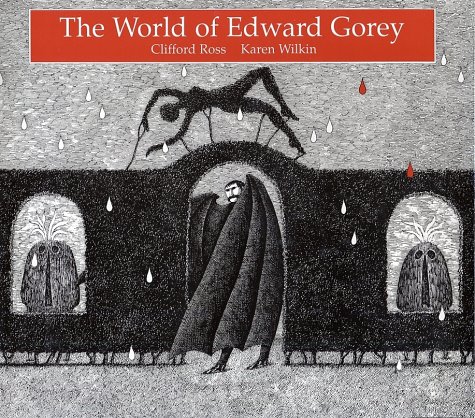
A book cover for The World of Edward Gorey; Clifford Ross; Humor & Entertainment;